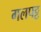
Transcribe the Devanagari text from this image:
गलपट्ट